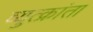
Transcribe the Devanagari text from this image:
व्युत्क्रांता